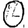
Digit: 0